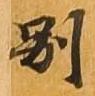
別